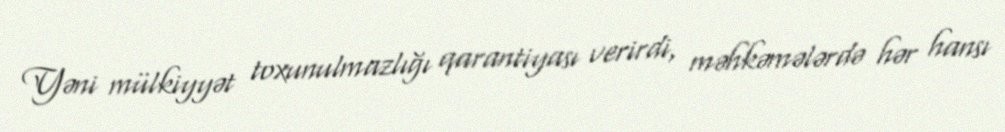
Yəni mülkiyyət toxunulmazlığı qarantiyası verirdi, məhkəmələrdə hər hansı